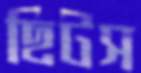
ছিটস